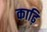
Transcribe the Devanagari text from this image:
काढ़ि